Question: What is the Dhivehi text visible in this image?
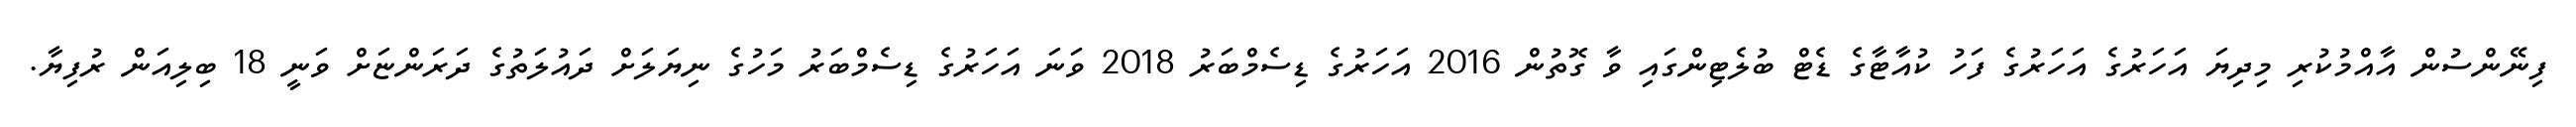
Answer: ފިނޭންސުން އާއްމުކުރި މިދިޔަ އަހަރުގެ އަހަރުގެ ފަހު ކުއާޓާގެ ޑެޓް ބުލެޓިންގައި ވާ ގޮތުން 2016 އަހަރުގެ ޑިސެމްބަރު 2018 ވަނަ އަހަރުގެ ޑިސެމްބަރު މަހުގެ ނިޔަލަށް ދައުލަތުގެ ދަރަންޏަށް ވަނީ 18 ބިލިއަން ރުފިޔާ.